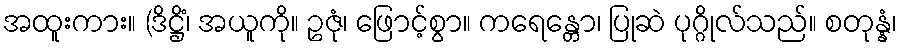
အထူးကား။ (ဒိဋ္ဌိံ၊ အယူကို။ ဥဇုံ၊ ဖြောင့်စွာ။ ကရေန္တော၊ ပြုဆဲ ပုဂ္ဂိုလ်သည်။ စတုန္နံ၊